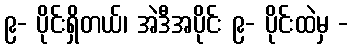
၉- ပိုင်းရှိတယ်၊ အဲဒီအပိုင်း ၉- ပိုင်းထဲမှ -